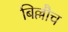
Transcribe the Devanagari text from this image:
बिल्लौच